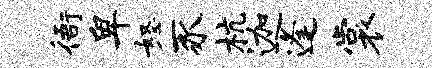
衙卑怒豕杭迦逢裳